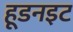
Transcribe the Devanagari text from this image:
हूडनइट